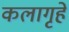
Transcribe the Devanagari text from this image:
कलागृहे